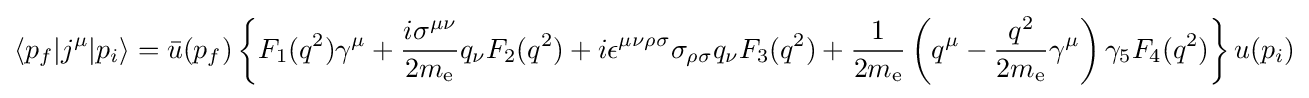
\langle p_{f}|j^{\mu }|p_{i}\rangle ={\bar {u}}(p_{f})\left\{F_{1}(q^{2})\gamma ^{\mu }+{\frac {i\sigma ^{\mu \nu }}{2m_{\rm {e}}}}q_{\nu }F_{2}(q^{2})+i\epsilon ^{\mu \nu \rho \sigma }\sigma _{\rho \sigma }q_{\nu }F_{3}(q^{2})+{\frac {1}{2m_{\rm {e}}}}\left(q^{\mu }-{\frac {q^{2}}{2m_{\text{e}}}}\gamma ^{\mu }\right)\gamma _{5}F_{4}(q^{2})\right\}u(p_{i})